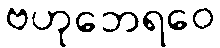
ဗဟုဘေရဝေ